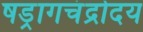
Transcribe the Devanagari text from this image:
षड्रागचंद्रोदय